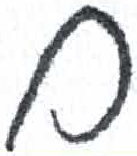
אות: ם